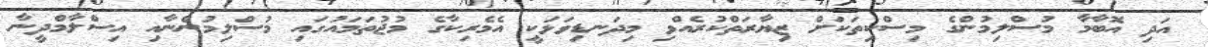
އަދި އޮބާމާ މުސްލިމުންގެ މިސްކިތަކަށް ޒިޔާރަތްކުރެއްވި މިދަނޑިވަޅަކީ އެމެރިކާގެ މުޖުތަމައުގައި މުސްލިމުންނާއި އިސްލާމްދީނާ